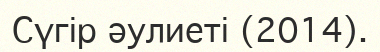
Сүгір әулиеті (2014).